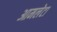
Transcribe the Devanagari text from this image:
आमलेटा